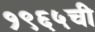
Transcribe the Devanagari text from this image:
१९६५ची